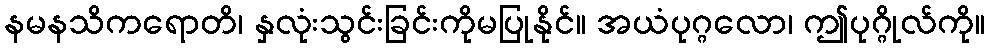
နမနသိကရောတိ၊ နှလုံးသွင်းခြင်းကိုမပြုနိုင်။ အယံပုဂ္ဂလော၊ ဤပုဂ္ဂိုလ်ကို။